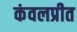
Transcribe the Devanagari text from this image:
कंवलप्रीत